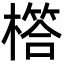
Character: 㯚